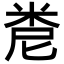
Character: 𥹆